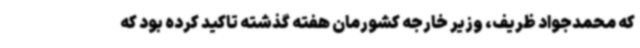
که محمدجواد ظریف، وزیر خارجه کشورمان هفته گذشته تاکید کرده بود که